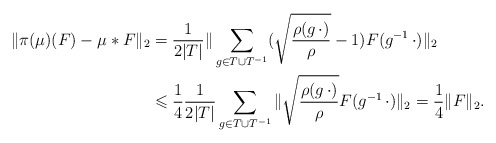
\begin{align*}\Vert \pi(\mu)(F) - \mu \ast F\Vert_2 & = \frac{1}{2\vert T \vert } \Vert \sum_{g \in T \cup T^{-1}} (\sqrt{\frac{\rho(g \, \cdot)}{\rho}} - 1)F(g^{-1} \, \cdot)\Vert_2\\& \leqslant \frac{1}{4} \frac{1}{2\vert T \vert } \sum_{g \in T \cup T^{-1}} \Vert \sqrt{\frac{\rho(g \, \cdot )}{\rho}}F(g^{-1} \, \cdot )\Vert_2 = \frac{1}{4} \Vert F \Vert_2.\end{align*}